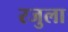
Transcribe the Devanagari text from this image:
रजुला